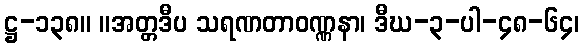
ဋ္ဌ-၁၃၈။ ။အတ္တဒီပ သရဏတာဝဏ္ဏနာ၊ ဒီဃ-၃-ပါ-၄၈-၆၄၊